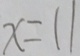
x = 1 1